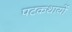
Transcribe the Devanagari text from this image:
पटकथायों